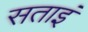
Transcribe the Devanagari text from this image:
सताइं